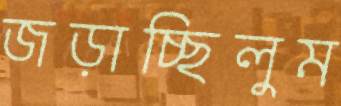
জড়াচ্ছিলুম